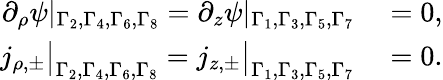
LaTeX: \begin{array}{rl}{\partial_{\rho}\psi|_{\Gamma_{2},\Gamma_{4},\Gamma_{6},\Gamma_{8}}=\partial_{z}\psi|_{\Gamma_{1},\Gamma_{3},\Gamma_{5},\Gamma_{7}}}&{{}=0,}\\ {j_{\rho,\pm}\big|_{\Gamma_{2},\Gamma_{4},\Gamma_{6},\Gamma_{8}}=j_{z,\pm}\big|_{\Gamma_{1},\Gamma_{3},\Gamma_{5},\Gamma_{7}}}&{{}=0.}\end{array}